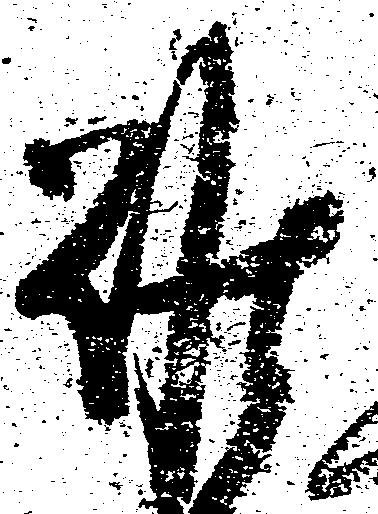
難